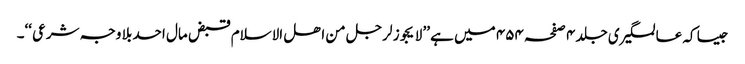
جیسا کہ عالمگیری جلد ۴ صفحہ ۴۵۴ میں ہے ’’ لا یجوز لرجل من اھل الاسلام قبض مال احد بلا وجہ شرعی ‘‘۔